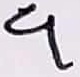
Text: 9